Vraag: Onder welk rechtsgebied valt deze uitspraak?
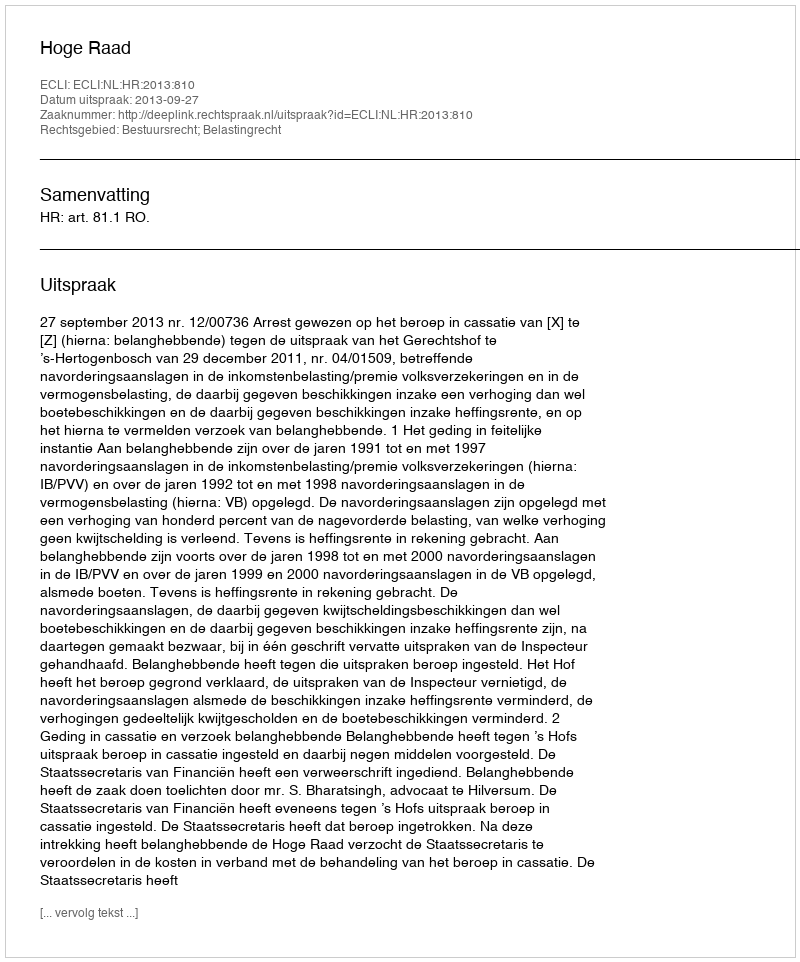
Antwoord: Bestuursrecht; Belastingrecht